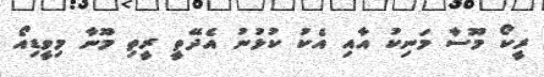
ރީކޯ މޫސާ މަނިކު އާއި އެކު ކުޅުނު އެދޭތީ ރީތި މޫނާ މިވީޑިއޯ